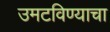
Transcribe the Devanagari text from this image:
उमटविण्याचा